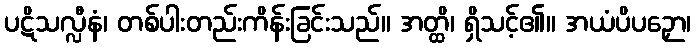
ပဋိသလ္လီနံ၊ တစ်ပါးတည်းကိန်းခြင်းသည်။ အတ္ထိ၊ ရှိသင့်၏။ အယံပိပဉှော၊